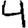
Digit: 4